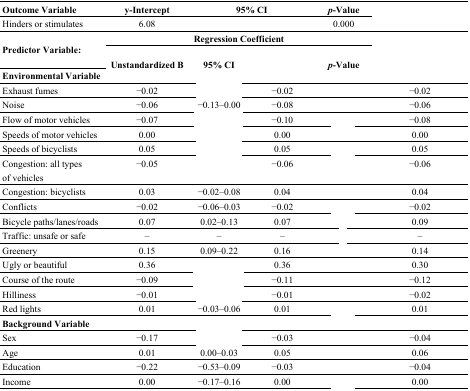
<table><thead><tr><td><b>Outcome Variable</b></td><td><b>y-Intercept</b></td><td colspan="2"><b>95% CI</b></td><td><b><i>p</i>-Value</b></td><td>[EMPTY_CELL]</td></tr></thead><tbody><tr><td>Hinders or stimulates</td><td>6.08</td><td colspan="2">[EMPTY_CELL]</td><td>0.000</td><td>[EMPTY_CELL]</td></tr><tr><td rowspan="2"><b>Predictor Variable:</b></td><td colspan="4"><b>Regression Coefficient</b></td><td rowspan="3">[EMPTY_CELL]</td></tr><tr><td rowspan="2"><b>Unstandardized B</b></td><td rowspan="2"><b>95% CI</b></td><td rowspan="2">[EMPTY_CELL]</td><td rowspan="2"><b><i>p</i>-Value</b></td></tr><tr><td><b>Environmental Variable</b></td></tr><tr><td>Exhaust fumes</td><td>−0.02</td><td>[EMPTY_CELL]</td><td>−0.02</td><td>[EMPTY_CELL]</td><td>−0.02</td></tr><tr><td>Noise</td><td>−0.06</td><td>−0.13–0.00</td><td>−0.08</td><td>[EMPTY_CELL]</td><td>−0.06</td></tr><tr><td>Flow of motor vehicles</td><td>−0.07</td><td>[EMPTY_CELL]</td><td>−0.10</td><td>[EMPTY_CELL]</td><td>−0.08</td></tr><tr><td>Speeds of motor vehicles</td><td>0.00</td><td>[EMPTY_CELL]</td><td>0.00</td><td>[EMPTY_CELL]</td><td>0.00</td></tr><tr><td>Speeds of bicyclists</td><td>0.05</td><td>[EMPTY_CELL]</td><td>0.05</td><td>[EMPTY_CELL]</td><td>0.05</td></tr><tr><td>Congestion: all types of vehicles</td><td>−0.05</td><td>[EMPTY_CELL]</td><td>−0.06</td><td>[EMPTY_CELL]</td><td>−0.06</td></tr><tr><td>Congestion: bicyclists</td><td>0.03</td><td>−0.02–0.08</td><td>0.04</td><td>[EMPTY_CELL]</td><td>0.04</td></tr><tr><td>Conflicts</td><td>−0.02</td><td>−0.06–0.03</td><td>−0.02</td><td>[EMPTY_CELL]</td><td>−0.02</td></tr><tr><td>Bicycle paths/lanes/roads</td><td>0.07</td><td>0.02–0.13</td><td>0.07</td><td>[EMPTY_CELL]</td><td>0.09</td></tr><tr><td>Traffic: unsafe or safe</td><td>‒</td><td>‒</td><td>‒</td><td>[EMPTY_CELL]</td><td>‒</td></tr><tr><td>Greenery</td><td>0.15</td><td>0.09–0.22</td><td>0.16</td><td>[EMPTY_CELL]</td><td>0.14</td></tr><tr><td>Ugly or beautiful</td><td>0.36</td><td>[EMPTY_CELL]</td><td>0.36</td><td>[EMPTY_CELL]</td><td>0.30</td></tr><tr><td>Course of the route</td><td>−0.09</td><td>[EMPTY_CELL]</td><td>−0.11</td><td>[EMPTY_CELL]</td><td>−0.12</td></tr><tr><td>Hilliness</td><td>−0.01</td><td>[EMPTY_CELL]</td><td>−0.01</td><td>[EMPTY_CELL]</td><td>−0.02</td></tr><tr><td>Red lights</td><td>0.01</td><td>−0.03–0.06</td><td>0.01</td><td>[EMPTY_CELL]</td><td>0.01</td></tr><tr><td><b>Background Variable</b></td><td>[EMPTY_CELL]</td><td>[EMPTY_CELL]</td><td>[EMPTY_CELL]</td><td>[EMPTY_CELL]</td><td>[EMPTY_CELL]</td></tr><tr><td>Sex</td><td>−0.17</td><td>[EMPTY_CELL]</td><td>−0.03</td><td>[EMPTY_CELL]</td><td>−0.04</td></tr><tr><td>Age</td><td>0.01</td><td>0.00–0.03</td><td>0.05</td><td>[EMPTY_CELL]</td><td>0.06</td></tr><tr><td>Education</td><td>−0.22</td><td>−0.53–0.09</td><td>−0.03</td><td>[EMPTY_CELL]</td><td>−0.04</td></tr><tr><td>Income</td><td>0.00</td><td>−0.17–0.16</td><td>0.00</td><td>[EMPTY_CELL]</td><td>0.00</td></tr></tbody></table>